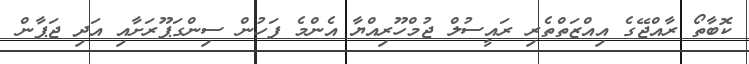
ކޮބާތޯ ރާއްޖޭގެ އިއްޒަތްތެރި ރައީސުލް ޖުމްހޫރިއްޔާ އެންމެ ފަހުން ސިންގަޕޫރަށާއި އަދި ޖަޕާން